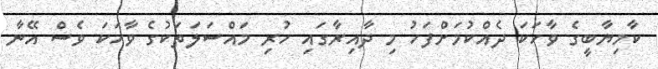
ކާމިޔާބީގެ ވާހަކަ ދެއްކުމަށްފަހު މި ދާއިރާގައި ހުރި މައްސަލަތަކުގެ ވާހަކަ ވެސް އޭނާ